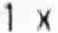
1 X